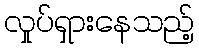
လှုပ်ရှားနေသည့်